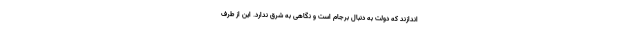
اندازند که دولت به دنبال برجام است و نگاهی به شرق ندارد. این از طرف